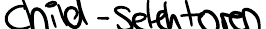
child-Selektoren